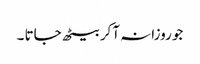
جو روزانہ آکر بیٹھ جاتا ۔